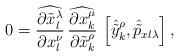
LaTeX: \begin{align*}0 =\widehat{\frac{\partial \tilde{x}^\lambda_l}{\partial x^\nu_l}}\,\widehat{\frac{\partial x^\mu_k}{\partial \tilde{x}^\rho_k}}\,\left[\hat{\tilde{y}}^\rho_k,\hat{\tilde{p}}_{xl\lambda}\right],\end{align*}